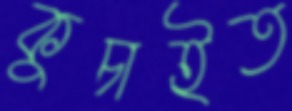
কুচাইত